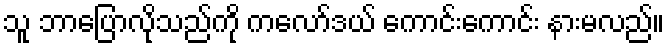
သူ ဘာပြောလိုသည်ကို ကလော်ဒယ် ကောင်းကောင်း နားမလည်။